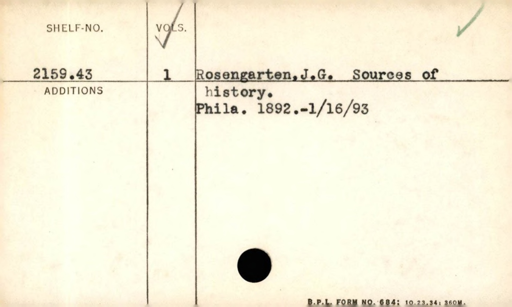
Label: content